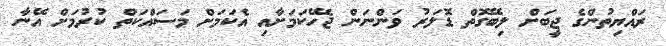
ރައްޔިތުންގެ ޖީބަށް ލިބޭގޮތް ޑޮލަރު ވަންނަން ޖެހޭކަމަށާއި އެކަމަށް މަސައްކަތް ކުރުމަށް އޭނާ